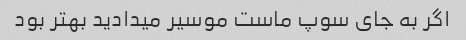
اگر به جای سوپ ماست موسیر میدادید بهتر بود